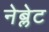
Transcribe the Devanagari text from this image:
नेब्लेट